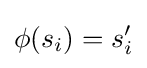
\phi (s_{i})=s_{i}'